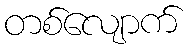
တစ်လျောက်